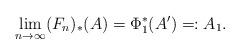
LaTeX: \begin{align*}\lim_{n\to \infty} (F_n)_*(A)= \Phi_1^*(A')=:A_1.\end{align*}